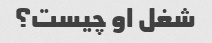
شغل او چیست؟